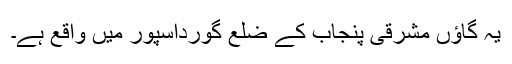
یہ گاؤں مشرقی پنجاب کے ضلع گورداسپور میں واقع ہے۔